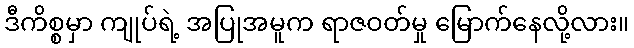
ဒီကိစ္စမှာ ကျုပ်ရဲ့ အပြုအမူက ရာဇဝတ်မှု မြောက်နေလို့လား။